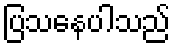
ပြသနေပါသည်